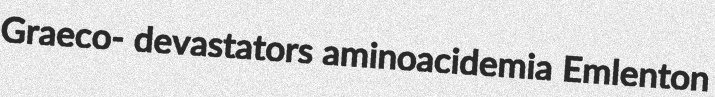
Graeco- devastators aminoacidemia Emlenton